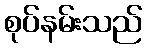
စုပ်နမ်းသည်